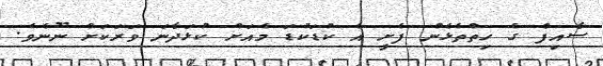
ސާއިފް ގެ ހިތްތެޅެން ފެށީ އެ ކުޑަކުޑަ މެއަށް ކުޅަދާނަ ވަރަކަށް ނޫނެވެ.